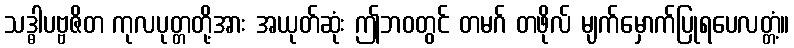
သဒ္ဓါပဗ္ဗဇိတ ကုလပုတ္တတို့အား အယုတ်ဆုံး ဤဘဝတွင် တမဂ် တဖိုလ် မျက်မှောက်ပြုရပေလတ္တံ့။